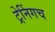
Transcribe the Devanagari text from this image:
ट्रेनिंगच